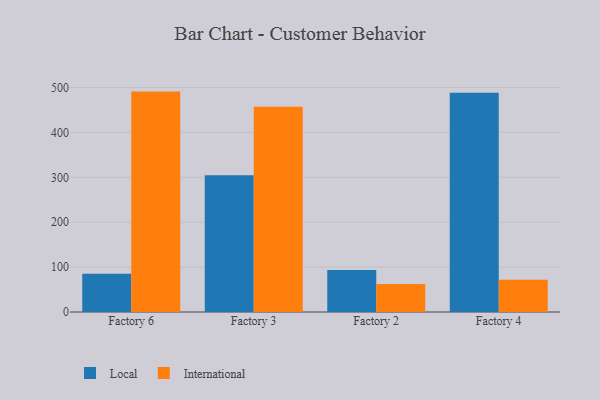
{"axis": {"x": "Factory", "y": "Customer Acquisition Cost (USD)"}, "legend": ["International", "Local"], "data": [{"x": "Factory 6", "y": 85.1, "type": "Local"}, {"x": "Factory 6", "y": 490.9, "type": "International"}, {"x": "Factory 3", "y": 304.5, "type": "Local"}, {"x": "Factory 3", "y": 457.2, "type": "International"}, {"x": "Factory 2", "y": 93.3, "type": "Local"}, {"x": "Factory 2", "y": 62.2, "type": "International"}, {"x": "Factory 4", "y": 488.3, "type": "Local"}, {"x": "Factory 4", "y": 71.8, "type": "International"}]}